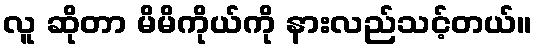
လူ ဆိုတာ မိမိကိုယ်ကို နားလည်သင့်တယ်။